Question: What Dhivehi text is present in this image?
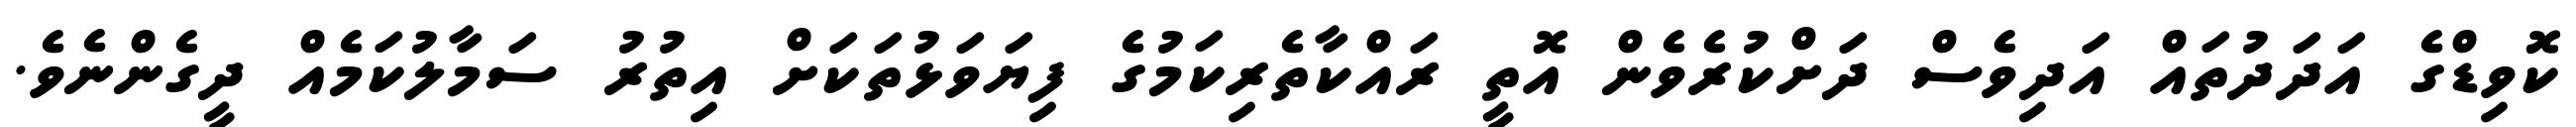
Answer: ކޮވިޑްގެ އަދަދުތައް އަދިވެސް ދަށްކުރެވެން އޮތީ ރައްކާތެރިކަމުގެ ފިޔަވަޅުތަކަށް އިތުރު ސަމާލުކަމެއް ދީގެންނެވެ.